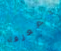
بمعرفة